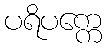
ပရိပက္ကေ